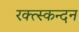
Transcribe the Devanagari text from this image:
रक्त्स्कन्दन